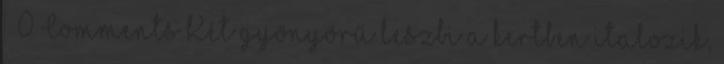
0 Comments Két gyönyörű leszbi a kertben italozik,